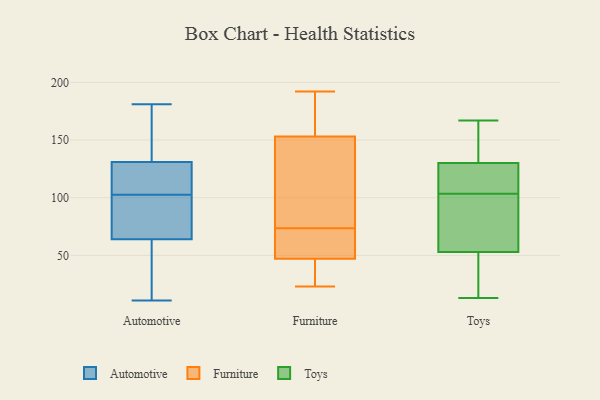
{"axis": {"x": "Waste Production (Tons)", "y": "Value"}, "legend": ["Automotive", "Furniture", "Toys"], "data": [{"x": "", "y": 64, "type": "Automotive"}, {"x": "", "y": 96, "type": "Automotive"}, {"x": "", "y": 133, "type": "Automotive"}, {"x": "", "y": 26, "type": "Automotive"}, {"x": "", "y": 72, "type": "Automotive"}, {"x": "", "y": 104, "type": "Automotive"}, {"x": "", "y": 131, "type": "Automotive"}, {"x": "", "y": 140, "type": "Automotive"}, {"x": "", "y": 179, "type": "Automotive"}, {"x": "", "y": 82, "type": "Automotive"}, {"x": "", "y": 130, "type": "Automotive"}, {"x": "", "y": 11, "type": "Automotive"}, {"x": "", "y": 101, "type": "Automotive"}, {"x": "", "y": 19, "type": "Automotive"}, {"x": "", "y": 181, "type": "Automotive"}, {"x": "", "y": 128, "type": "Automotive"}, {"x": "", "y": 126, "type": "Automotive"}, {"x": "", "y": 48, "type": "Automotive"}, {"x": "", "y": 192, "type": "Furniture"}, {"x": "", "y": 77, "type": "Furniture"}, {"x": "", "y": 23, "type": "Furniture"}, {"x": "", "y": 153, "type": "Furniture"}, {"x": "", "y": 47, "type": "Furniture"}, {"x": "", "y": 149, "type": "Furniture"}, {"x": "", "y": 54, "type": "Furniture"}, {"x": "", "y": 45, "type": "Furniture"}, {"x": "", "y": 70, "type": "Furniture"}, {"x": "", "y": 167, "type": "Furniture"}, {"x": "", "y": 22, "type": "Toys"}, {"x": "", "y": 108, "type": "Toys"}, {"x": "", "y": 130, "type": "Toys"}, {"x": "", "y": 13, "type": "Toys"}, {"x": "", "y": 142, "type": "Toys"}, {"x": "", "y": 86, "type": "Toys"}, {"x": "", "y": 53, "type": "Toys"}, {"x": "", "y": 38, "type": "Toys"}, {"x": "", "y": 144, "type": "Toys"}, {"x": "", "y": 59, "type": "Toys"}, {"x": "", "y": 119, "type": "Toys"}, {"x": "", "y": 99, "type": "Toys"}, {"x": "", "y": 118, "type": "Toys"}, {"x": "", "y": 166, "type": "Toys"}, {"x": "", "y": 109, "type": "Toys"}, {"x": "", "y": 23, "type": "Toys"}, {"x": "", "y": 91, "type": "Toys"}, {"x": "", "y": 167, "type": "Toys"}]}